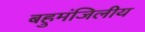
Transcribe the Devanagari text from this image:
बहुमंजिलीय